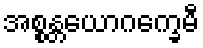
အစ္စန္တယောဂက္ခေမီ